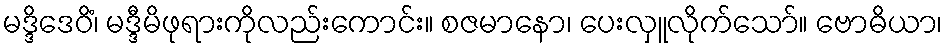
မဒ္ဒိဒေဝိံ၊ မဒ္ဒီမိဖုရားကိုလည်းကောင်း။ စဇမာနော၊ ပေးလှူလိုက်သော်။ ဗောဓိယာ၊